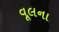
વૂલના